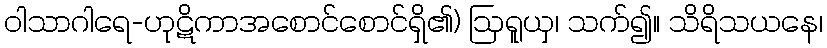
ဝါသာဂါရေ-ဟုဋိကာအစောင်စောင်ရှိ၏) ဩရူယှ၊ သက်၍။ သိရိသယနေ၊